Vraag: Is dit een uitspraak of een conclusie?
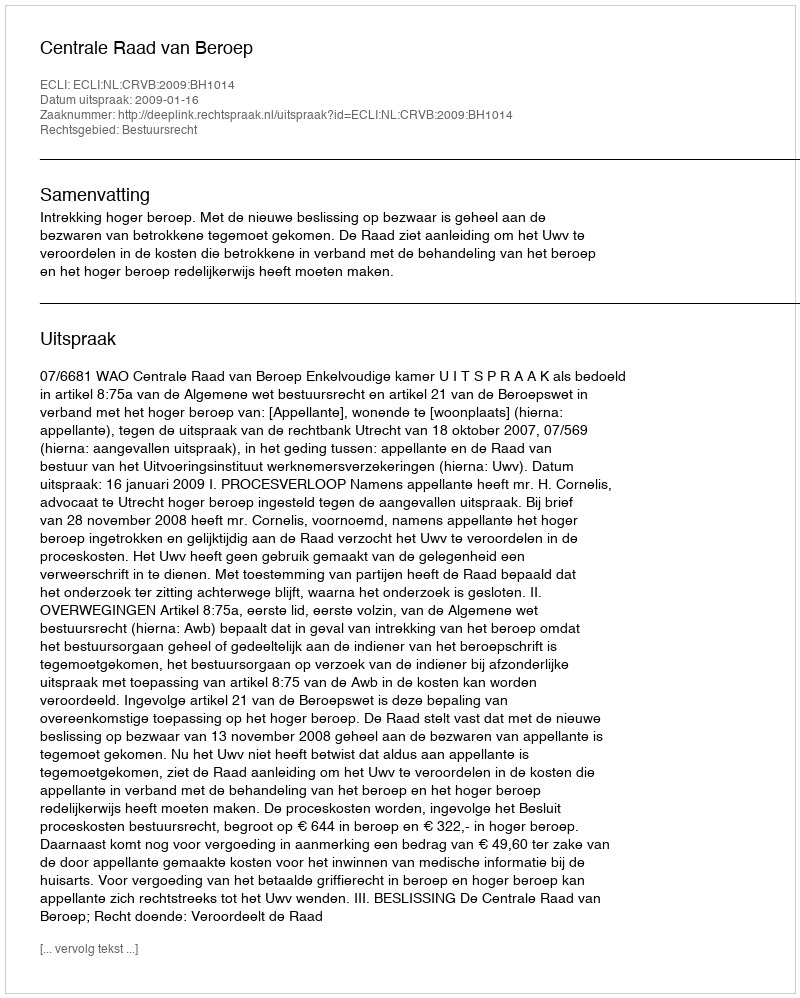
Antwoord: Uitspraak